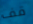
قف